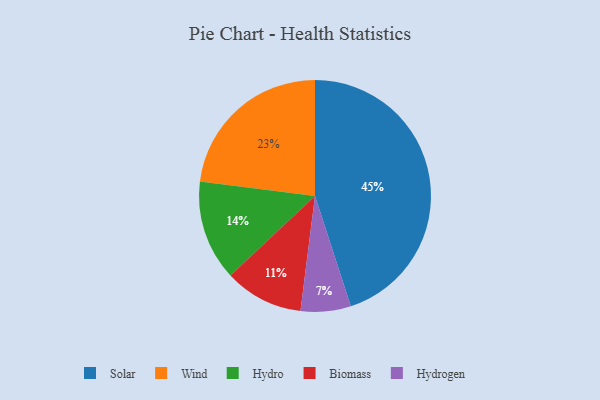
{"axis": {"x": "Category", "y": "Percentage"}, "legend": ["Biomass", "Hydro", "Hydrogen", "Solar", "Wind"], "data": [{"x": "Solar", "y": 45, "type": "Solar"}, {"x": "Hydrogen", "y": 7, "type": "Hydrogen"}, {"x": "Wind", "y": 23, "type": "Wind"}, {"x": "Hydro", "y": 14, "type": "Hydro"}, {"x": "Biomass", "y": 11, "type": "Biomass"}]}